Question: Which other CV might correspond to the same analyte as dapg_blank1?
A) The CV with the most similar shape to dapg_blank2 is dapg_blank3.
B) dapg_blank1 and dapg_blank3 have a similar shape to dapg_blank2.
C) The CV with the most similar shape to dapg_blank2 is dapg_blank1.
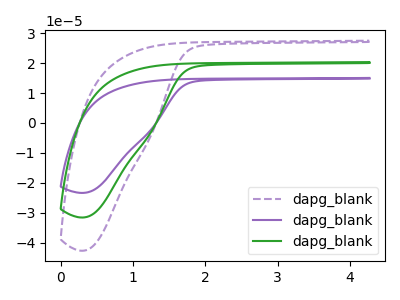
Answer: <think>The purple dashed curve "dapg_blank1" has no peaks. The purple curve "dapg_blank2" has no peaks. The green curve "dapg_blank3" has no peaks.
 Neither "dapg_blank1" or "dapg_blank2" have any peaks. Neither "dapg_blank1" or "dapg_blank3" have any peaks. Neither "dapg_blank2" or "dapg_blank3" have any peaks.</think>
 <answer>B) "dapg_blank1" and "dapg_blank3" have a similar shape to "dapg_blank2".</answer>
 <eval>B</eval>